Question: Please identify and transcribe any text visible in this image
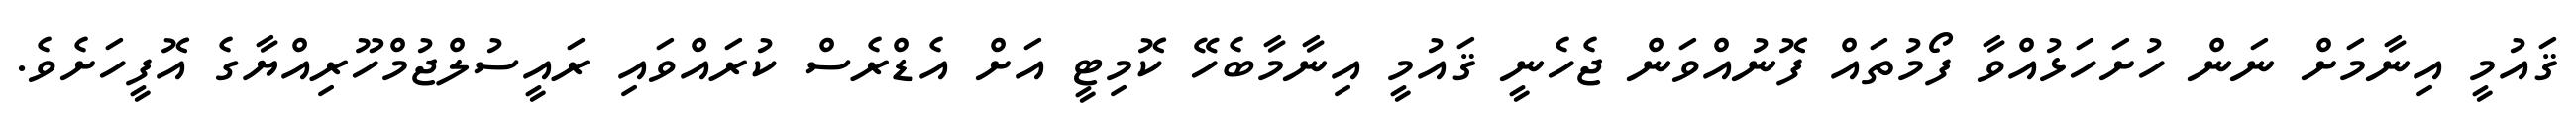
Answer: ޤައުމީ އިނާމަށް ނަން ހުށަހަޅުއްވާ ފޯމުތައް ފޮނުއްވަން ޖެހެނީ ޤައުމީ އިނާމާބެހޭ ކޮމިޓީ އަށް އެޑްރެސް ކުރައްވައި ރައީސުލްޖުމްހޫރިއްޔާގެ އޮފީހަށެވެ.